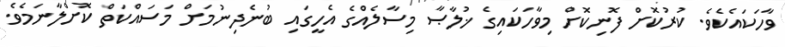
ވާހަކައެކެވެ. ކުރުކޮށް ފޮނިކޮށް މިވާހަކައިގެ ޚުލާޞާ މިސާލެއްގެ އެހީގައި ބުނެދިނުމަށް މަސައްކަތް ކޮށްލާނަމެވެ.